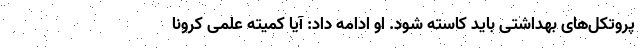
پروتکل‌های بهداشتی باید کاسته شود. او ادامه داد: آیا کمیته علمی کرونا